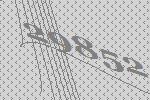
29852